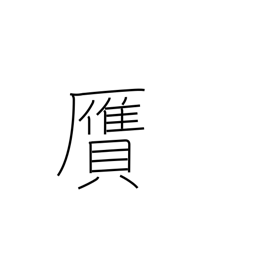
Meaning: forgery